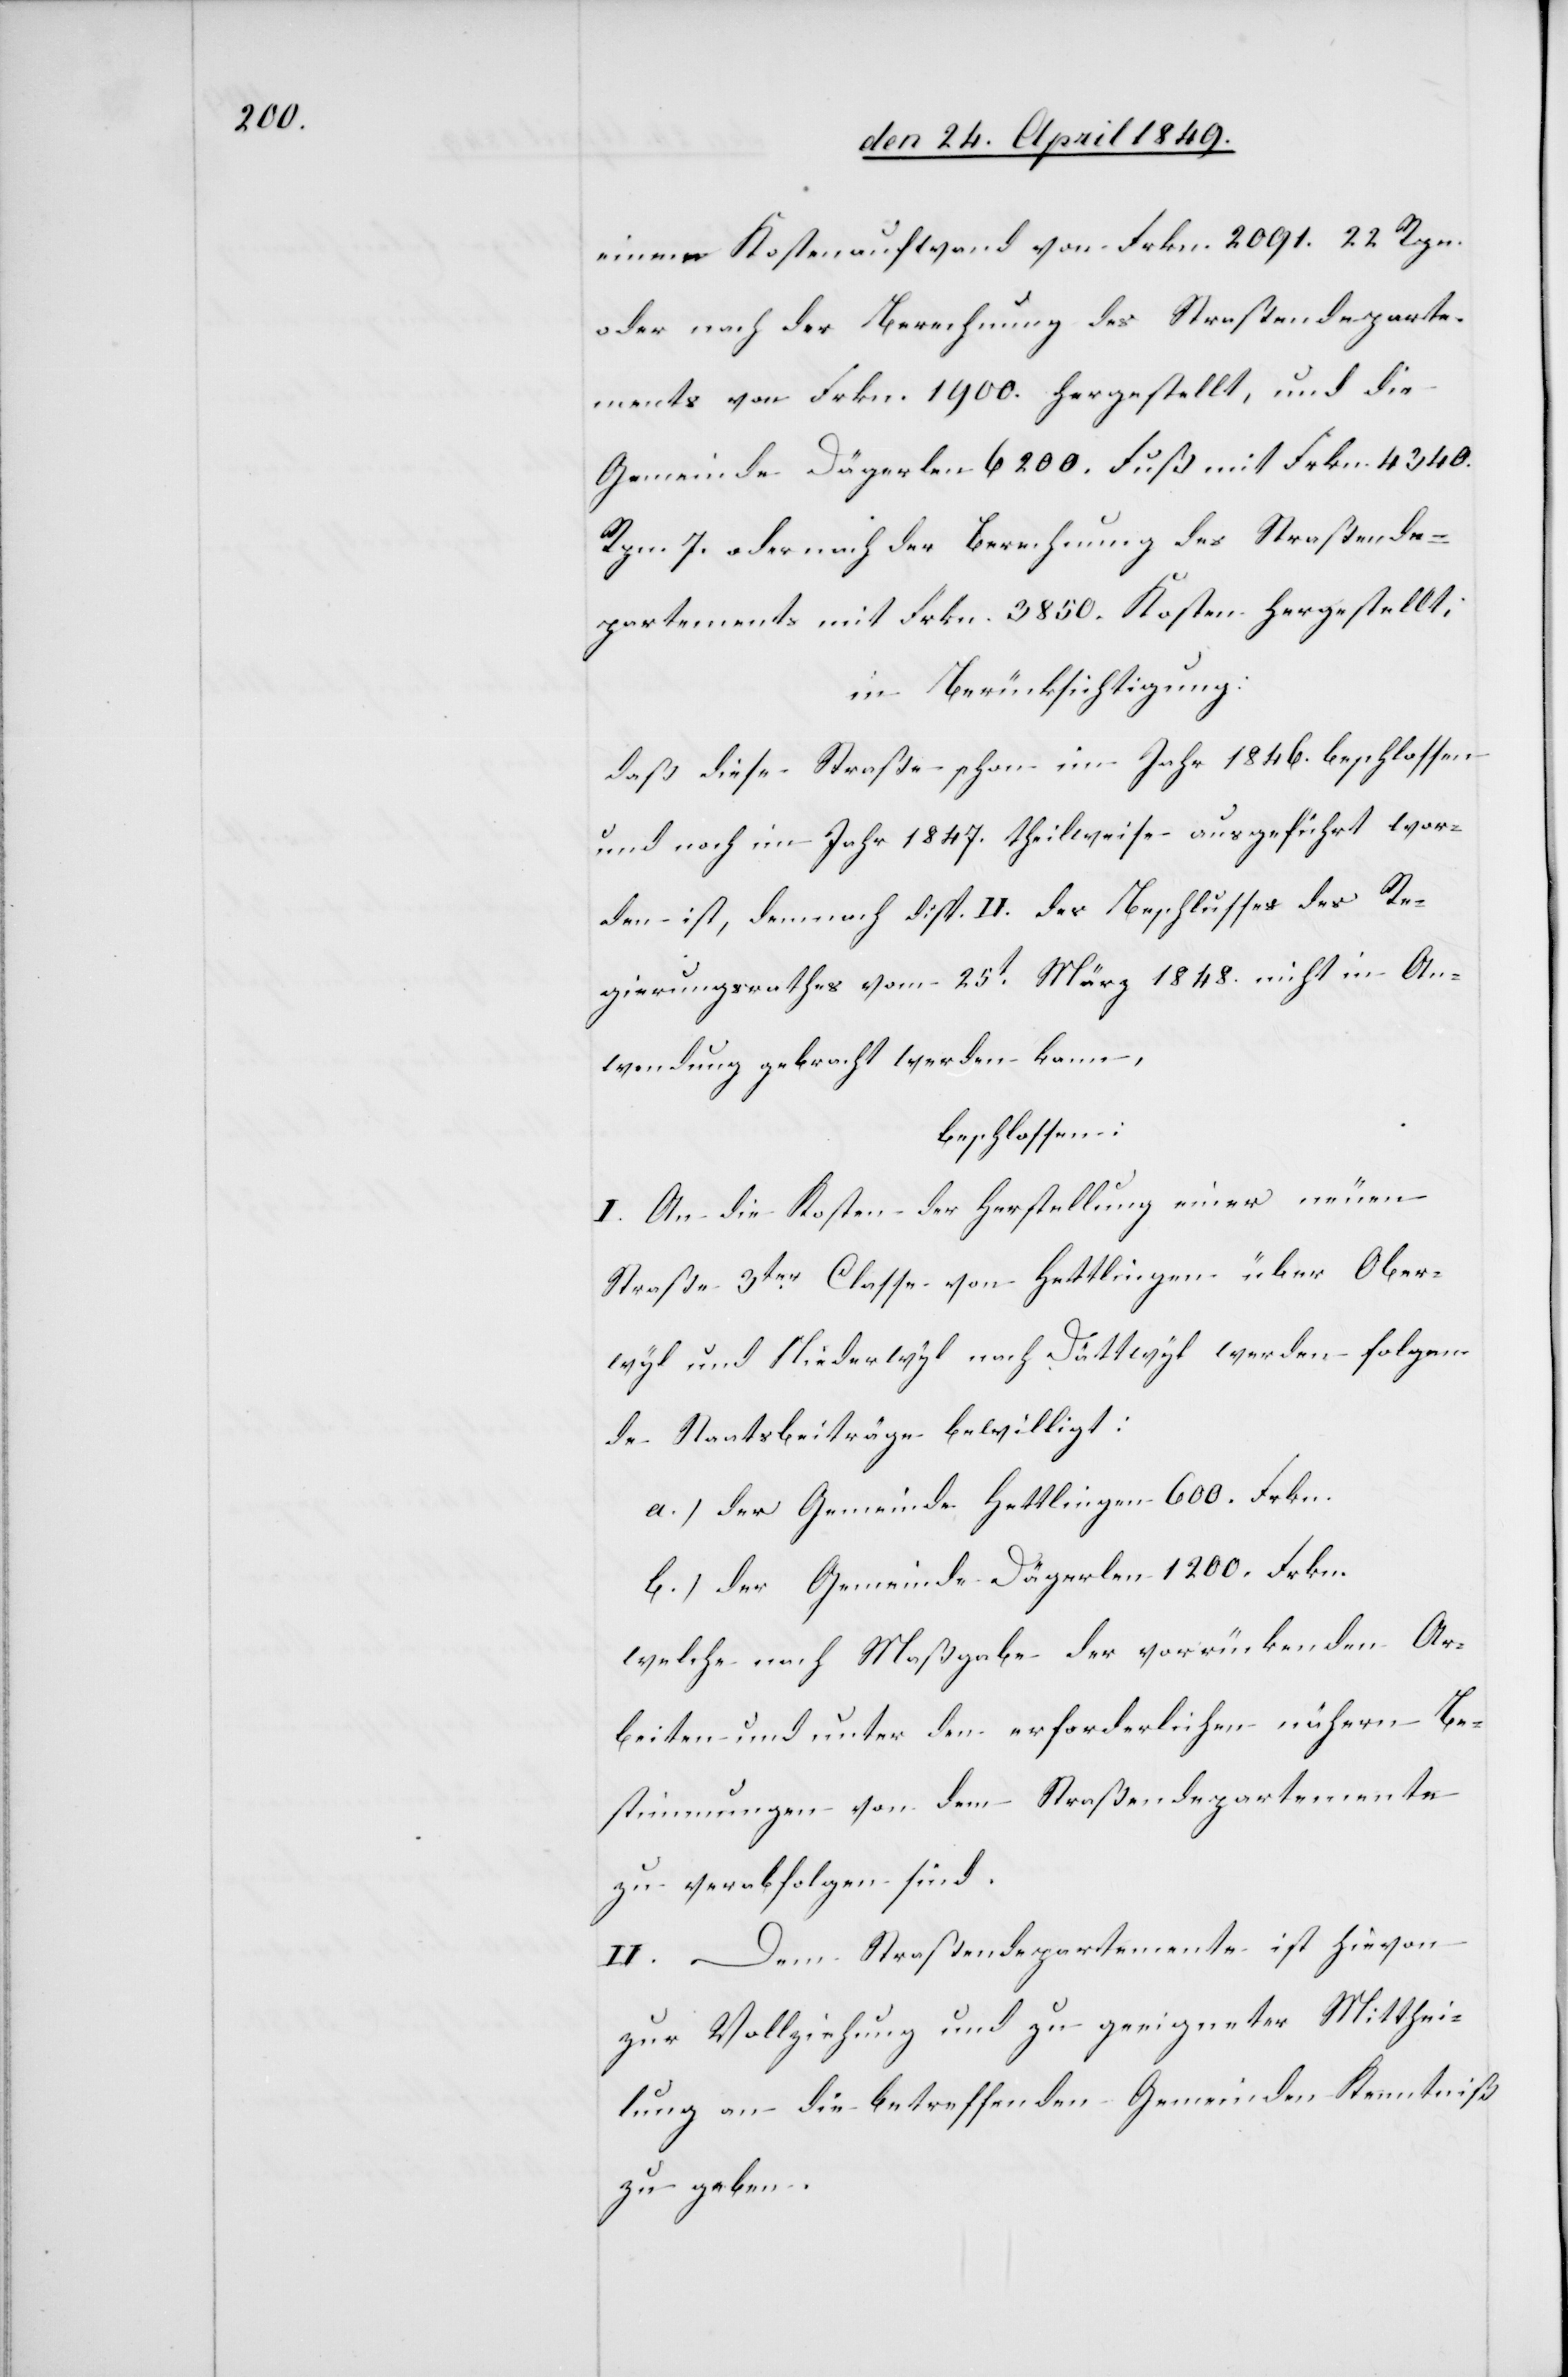
einem Kostenaufwand von Frkn. 2091. 22. Rpn.
oder nach der Berechnung des Straßendeparte¬
ments von Frkn. 1900. hergestellt, und die
Gemeinde Dägerlen 6200. Fuß mit Frkn. 4340.
Rpn. 7. oder nach der Berechnung des Straßende¬
partements mit Frkn. 3850. Kosten hergestellt;
in Berücksichtigung:
daß diese Straße schon im Jahr 1846. beschlossen
und noch im Jahr 1847. theilweise ausgeführt wor¬
den ist, demnach disp. II. des Beschlusses des Re¬
gierungsrathes vom 25t März 1848. nicht in An¬
wendung gebracht werden kann,
beschlossen:
I. An die Kosten der Herstellung einer neuen
Straße 3ter Classe von Hettlingen über Ober¬
wyl und Niederwyl nach Dättwyl werden folgen¬
de Staatsbeiträge bewilligt:
a.) der Gemeinde Hettlingen 600. Frkn.
b.) der Gemeinde Dägerlen 1200. Frkn.
welche nach Maßgabe der vorrückenden Ar¬
beiten und unter den erforderlichen nähern Be¬
stimmungen von dem Straßendepartemente
zu verabfolgen sind.
II. Dem Straßendepartemente ist hievon
zur Vollziehung und zu geeigneter Mitthei¬
lung an die betreffenden Gemeinden Kenntniß
zu geben.